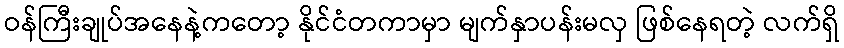
ဝန်ကြီးချုပ်အနေနဲ့ကတော့ နိုင်ငံတကာမှာ မျက်နှာပန်းမလှ ဖြစ်နေရတဲ့ လက်ရှိ